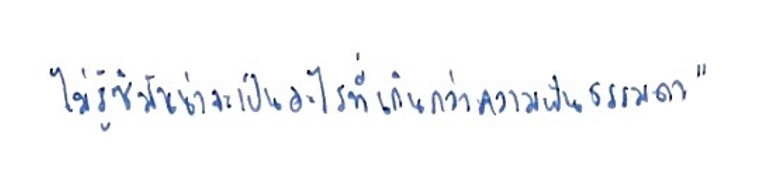
ไม่รู้ซิมันน่าจะเป็นอะไรที่เกินกว่าความฝันธรรมดา"